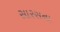
સારસના